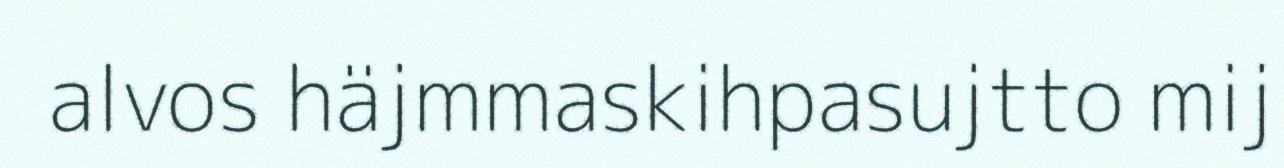
alvos häjmmaskihpasujtto mij